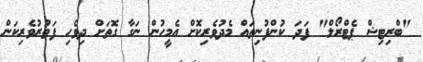
"ބްރިޓިޝް ޕެޓްރޯލް" ފަދަ ކުންފުނިތައް މެދުވެރިކޮށް އެމީހުން ނަގާ ގޮތަށް ދިވެހި ފަތުރުވެރިކަން